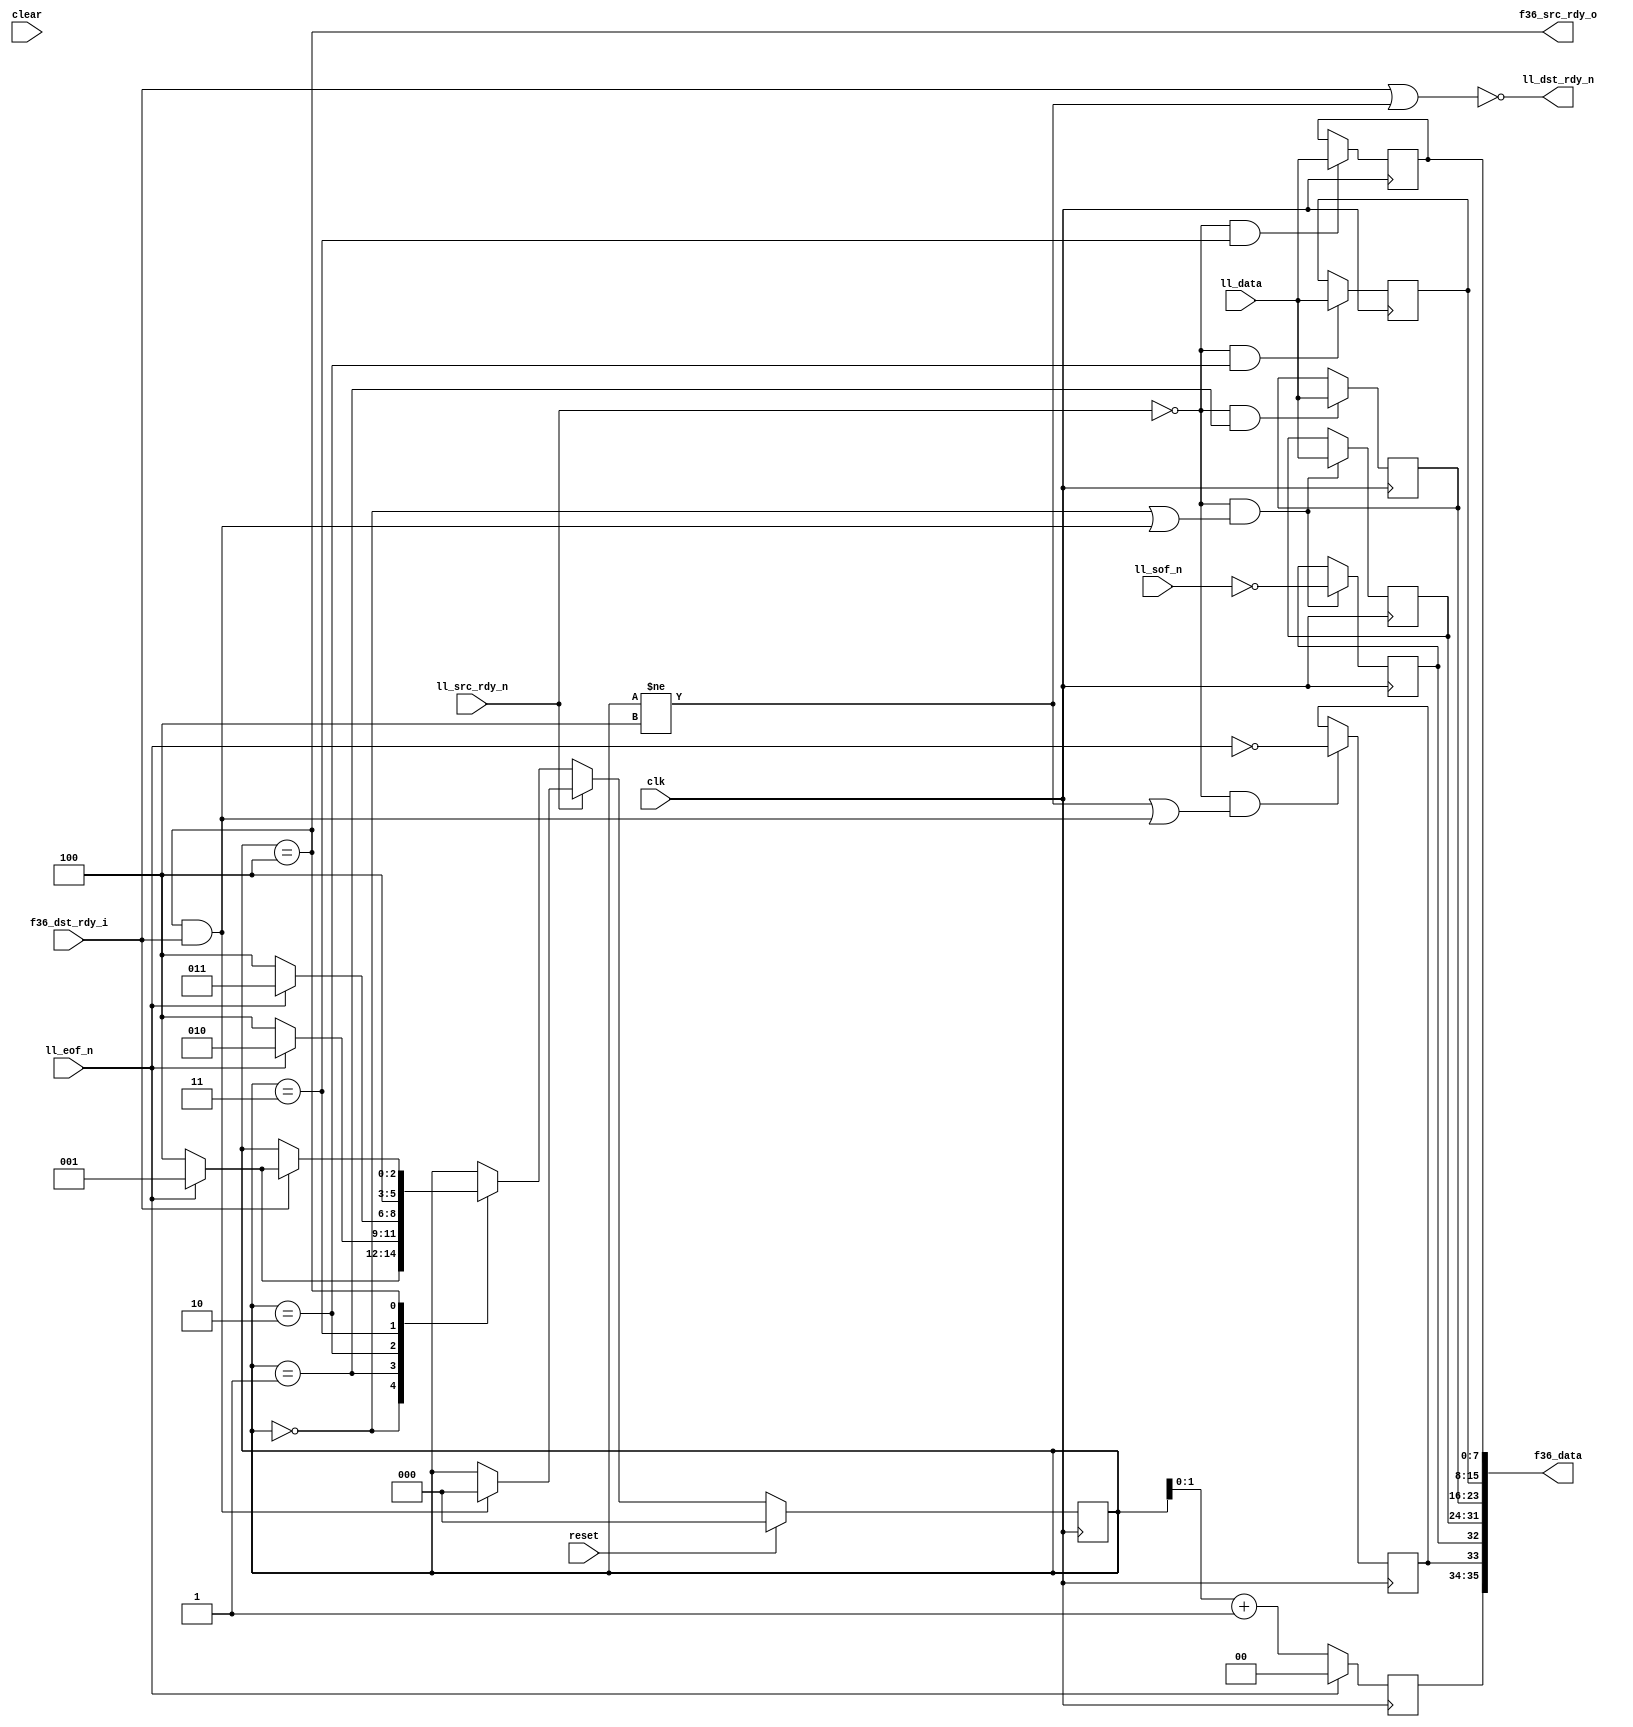
`timescale 1ns / 1ps
//////////////////////////////////////////////////////////////////////////////////
// Company: 
// Engineer: 
// 
// Design Name: 
// Module Name:    ll8_to_fifo36 
// Project Name: 
// Target Devices: 
// Tool versions: 
// Description: 
//
// Dependencies: 
//
// Revision: 
// Revision 0.01 - File Created
// Additional Comments: 
//
//////////////////////////////////////////////////////////////////////////////////

module ll8_to_fifo36
  (input clk, input reset, input clear,
   input [7:0] ll_data,
   input ll_sof_n,
   input ll_eof_n,
   input ll_src_rdy_n,
   output ll_dst_rdy_n,

   output [35:0] f36_data,
   output f36_src_rdy_o,
   input f36_dst_rdy_i );

   wire f36_write    = f36_src_rdy_o & f36_dst_rdy_i;
      
   // Why anybody would use active low in an FPGA is beyond me...
   wire  ll_sof      = ~ll_sof_n;
   wire  ll_eof      = ~ll_eof_n;
   wire  ll_src_rdy  = ~ll_src_rdy_n;
   wire  ll_dst_rdy;
   assign    ll_dst_rdy_n = ~ll_dst_rdy;

   reg 	 f36_sof, f36_eof;
   reg [1:0] f36_occ;
   
   
   reg [2:0] state;
   reg [7:0] dat0, dat1, dat2, dat3;

   always @(posedge clk)
     if(ll_src_rdy & ((state==0)|f36_write))
       f36_sof <= ll_sof;

   always @(posedge clk)
     if(ll_src_rdy & ((state !=4)|f36_write))
       f36_eof <= ll_eof;

   always @(posedge clk)
     if(ll_eof)
       f36_occ <= state[1:0] + 1'b1;
     else
       f36_occ <= 0;
   
   always @(posedge clk)
     if(reset)
       state   <= 0;
     else
       if(ll_src_rdy)
	 case(state)
	   0 : 
	     if(ll_eof)
	       state <= 4;
	     else
	       state <= 1;
	   1 : 
	     if(ll_eof)
	       state <= 4;
	     else
	       state <= 2;
	   2 : 
	     if(ll_eof)
	       state <= 4;
	     else 
	       state <= 3;
	   3 : state <= 4;
	   4 : 
	     if(f36_dst_rdy_i)
	       if(ll_eof)
		 state 	   <= 4;
	       else
		 state 	   <= 1;
	 endcase // case(state)
       else
	 if(f36_write)
	   state 	   <= 0;

   always @(posedge clk)
     if(ll_src_rdy & (state==3))
       dat3 		   <= ll_data;

   always @(posedge clk)
     if(ll_src_rdy & (state==2))
       dat2 		   <= ll_data;

   always @(posedge clk)
     if(ll_src_rdy & (state==1))
       dat1 		   <= ll_data;

   always @(posedge clk)
     if(ll_src_rdy & ((state==0) | f36_write))
       dat0 		   <= ll_data;
   
   assign    ll_dst_rdy     = f36_dst_rdy_i | (state != 4);
   assign    f36_data 	    = {f36_occ,f36_eof,f36_sof,dat0,dat1,dat2,dat3};  // FIXME endianess
   assign    f36_src_rdy_o  = (state == 4);
      
endmodule // ll8_to_fifo36